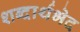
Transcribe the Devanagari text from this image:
शब्दार्थभेद